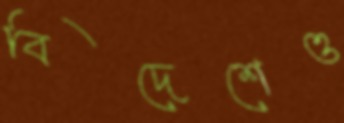
বিদেশেও